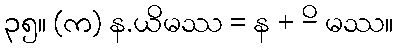
၃၅။ (က) န.ယိမဿ = န + -ိ မဿ။